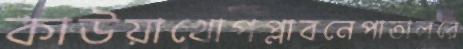
কাউয়াখোপপ্লাবনেপাতালরে